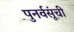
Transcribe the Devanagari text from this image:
पुनर्वसूंची